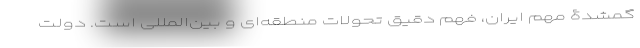
گمشدۀ مهمِ ایران، فهمِ دقیقِ تحولات منطقه‌ای و بین‌المللی است. دولتِ